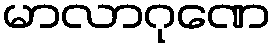
မာလာဂုဏေ